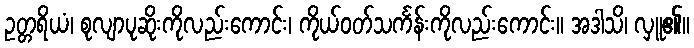
ဥတ္တရိယံ၊ စုလျာပုဆိုးကိုလည်းကောင်း၊ ကိုယ်ဝတ်သင်္ကန်းကိုလည်းကောင်း။ အဒါသိ၊ လှူ၏။